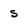
Character: s